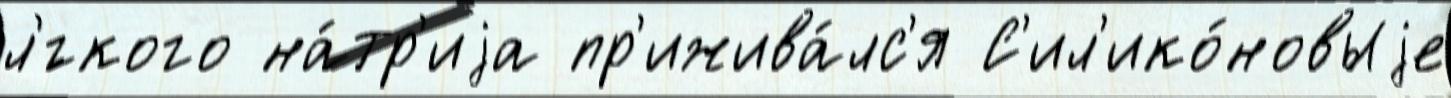
л'́гкого на́тр'иjа пр'ижива́лс'я С'ил'ико́новыjе